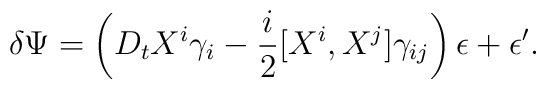
\delta\Psi =\left(D_t X^i \gamma_i -{i \over 2}   [X^i, X^j]\gamma_{ij}\right)\epsilon +\epsilon^{\prime}.